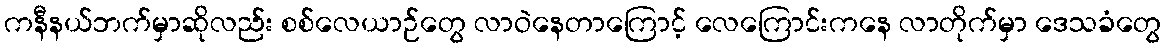
ကနီနယ်ဘက်မှာဆိုလည်း စစ်လေယာဉ်တွေ လာဝဲနေတာကြောင့် လေကြောင်းကနေ လာတိုက်မှာ ဒေသခံတွေ